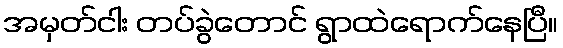
အမှတ်ငါး တပ်ခွဲတောင် ရွာထဲရောက်နေပြီ။